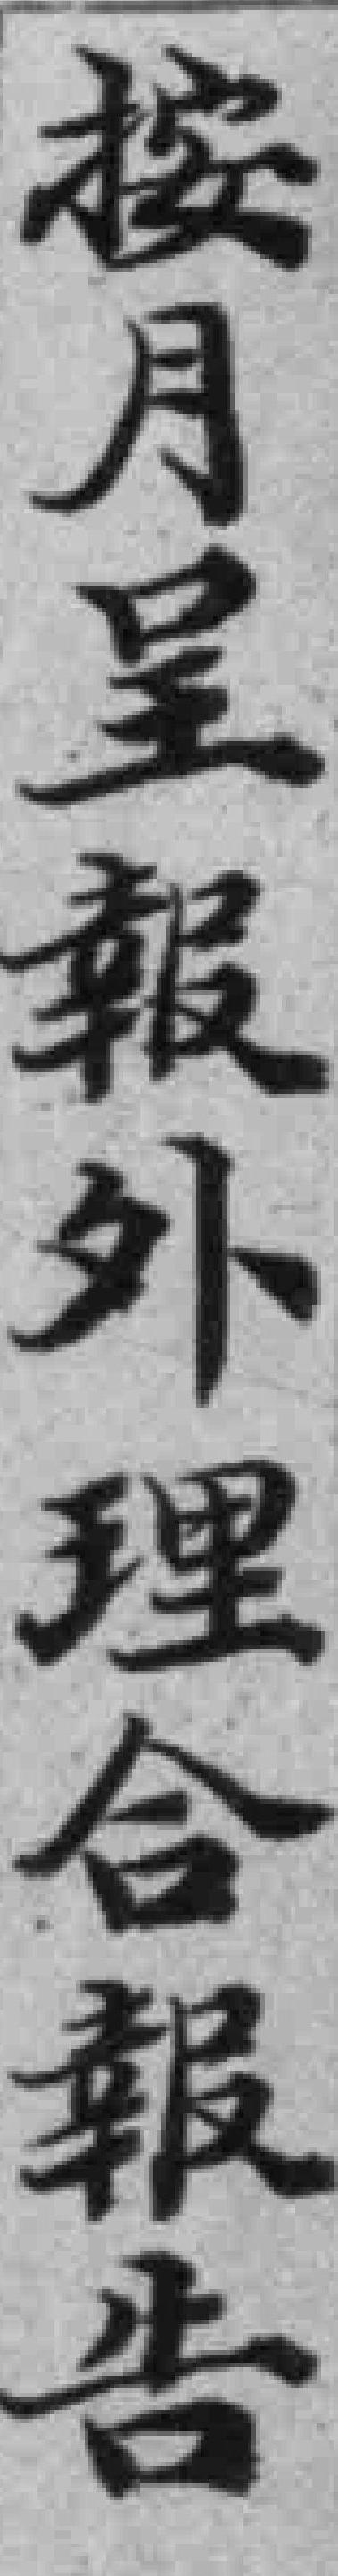
按月呈報外理合報告